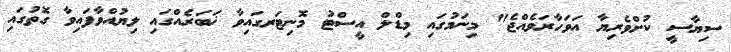
ސިޔާސީ ކުށްވެރިޔާ އަވަހާރަވެއްޖެ" މިނަމުގައި މިޑްލް އީސްޓު މޮނިޓަރގައިވާ ޚަބަރެއްގައި ލިޔުއްވާފައިވާ ގޮތުގައި